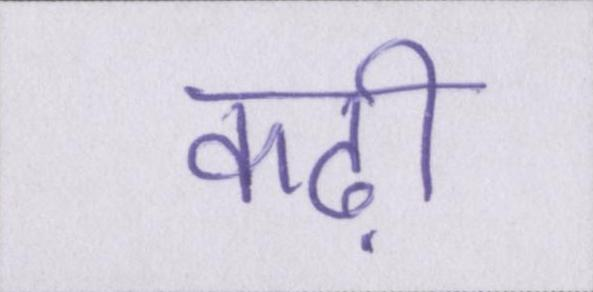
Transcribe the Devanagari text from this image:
कढ़ी